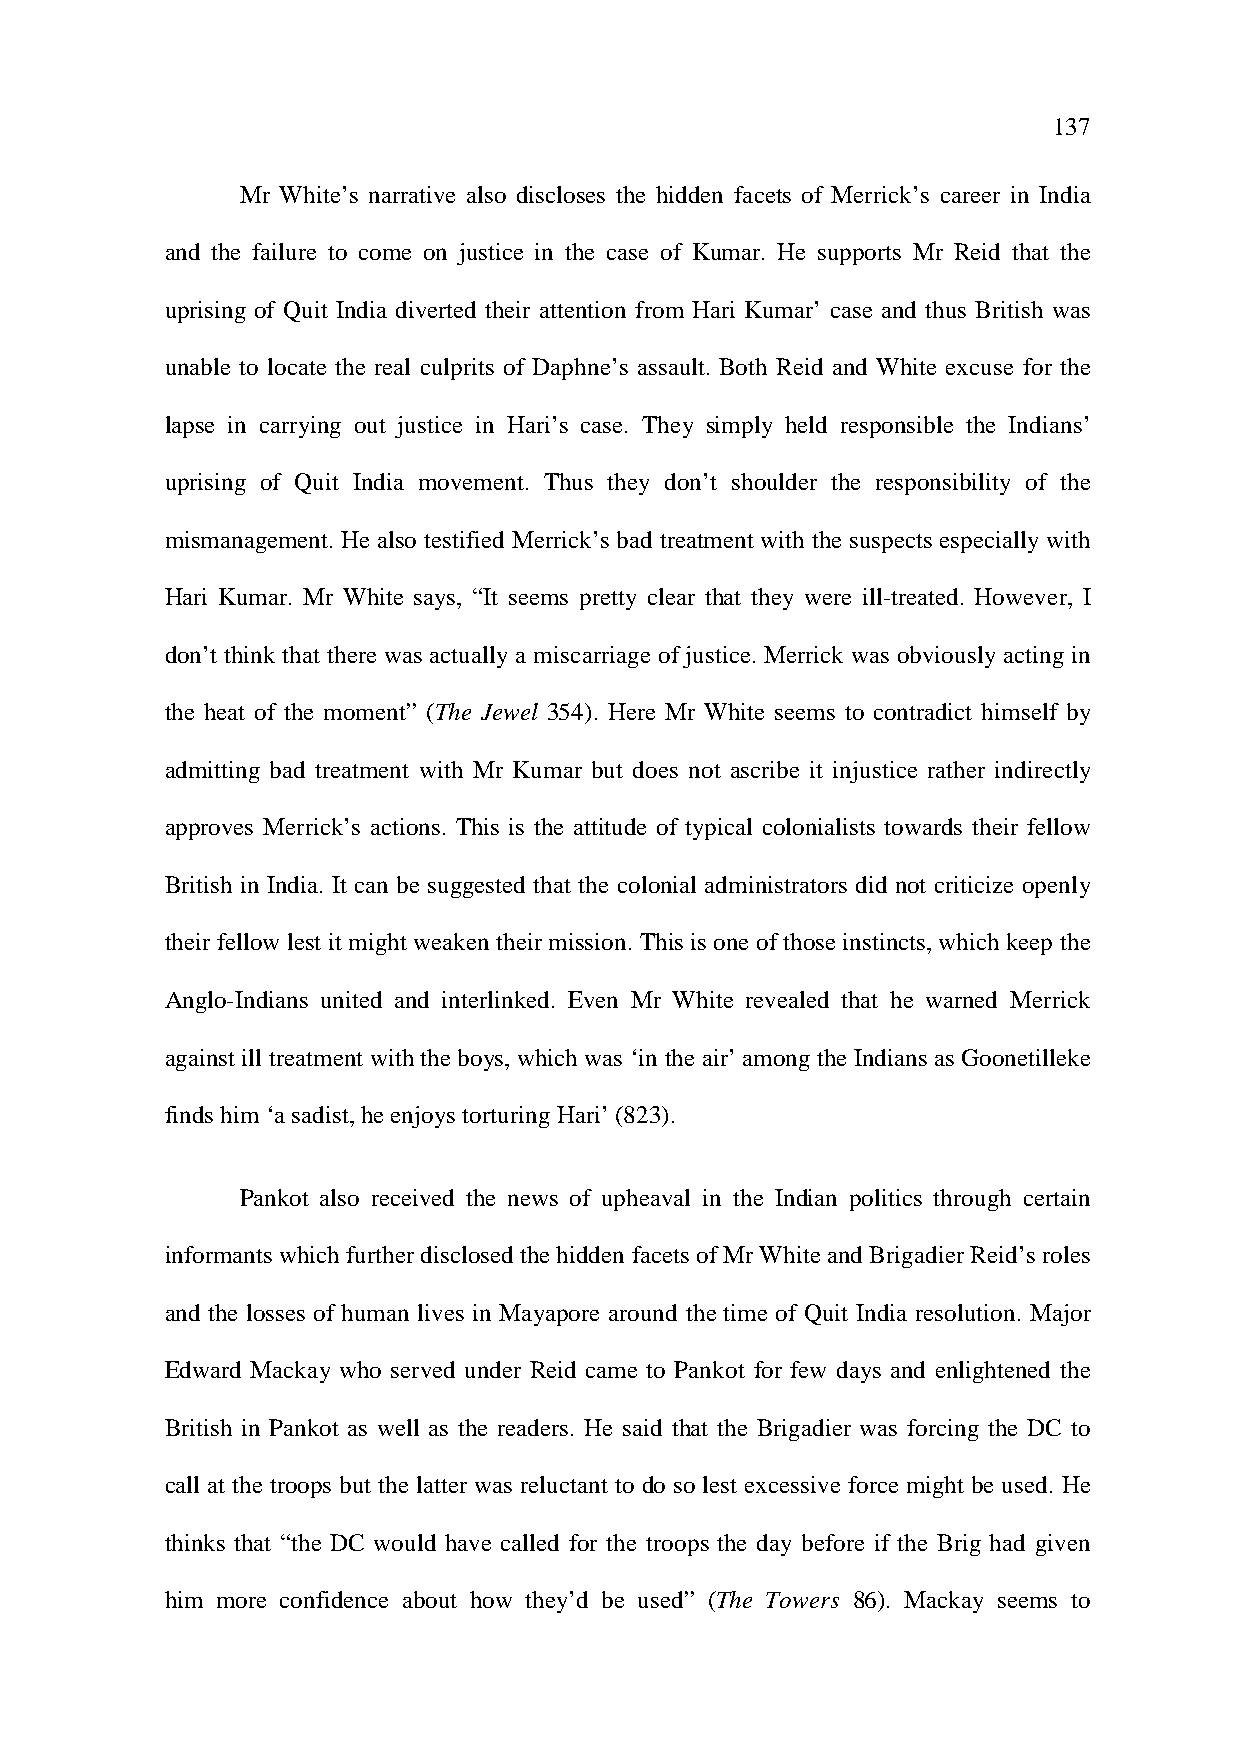
137
 Mr White’s narrative also discloses the hidden facets of Merrick’s career in India
 and the failure to come on justice in the case of Kumar. He supports Mr Reid that the
 uprising of Quit India diverted their attention from Hari Kumar’ case and thus British was
 unable to locate the real culprits of Daphne’s assault. Both Reid and White excuse for the
 lapse in carrying out justice in Hari’s case. They simply held responsible the Indians’
 uprising of Quit India movement. Thus they don’t shoulder the responsibility of the
 mismanagement. He also testified Merrick’s bad treatment with the suspects especially with
 Hari Kumar. Mr White says, “It seems pretty clear that they were ill-treated. However, I
 don’t think that there was actually a miscarriage of justice. Merrick was obviously acting in
 the heat of the moment” (The Jewel 354). Here Mr White seems to contradict himself by
 admitting bad treatment with Mr Kumar but does not ascribe it injustice rather indirectly
 approves Merrick’s actions. This is the attitude of typical colonialists towards their fellow
 British in India. It can be suggested that the colonial administrators did not criticize openly
 their fellow lest it might weaken their mission. This is one of those instincts, which keep the
 Anglo-Indians united and interlinked. Even Mr White revealed that he warned Merrick
 against ill treatment with the boys, which was ‘in the air’ among the Indians as Goonetilleke
 finds him ‘a sadist, he enjoys torturing Hari’ (823).
 Pankot also received the news of upheaval in the Indian politics through certain
 informants which further disclosed the hidden facets of Mr White and Brigadier Reid’s roles
 and the losses of human lives in Mayapore around the time of Quit India resolution. Major
 Edward Mackay who served under Reid came to Pankot for few days and enlightened the
 British in Pankot as well as the readers. He said that the Brigadier was forcing the DC to
 call at the troops but the latter was reluctant to do so lest excessive force might be used. He
 thinks that “the DC would have called for the troops the day before if the Brig had given
 him more confidence about how they’d be used” (The Towers 86). Mackay seems to